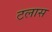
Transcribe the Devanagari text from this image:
टलास